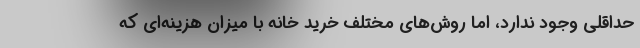
حداقلی وجود ندارد، اما روش‌های مختلف خرید خانه با میزان هزینه‌ای که